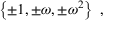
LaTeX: \left\{ \pm 1 , \pm \omega , \pm \omega ^ { 2 } \right\} ~ ,